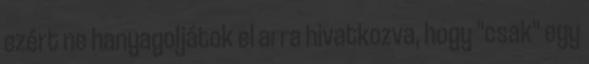
ezért ne hanyagoljátok el arra hivatkozva, hogy "csak" egy